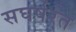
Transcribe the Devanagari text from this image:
सघर्षरत